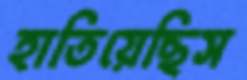
হাতিয়েছিস